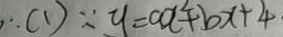
\therefore ( 1 ) \because y = c a ^ { 2 } + b x + 4